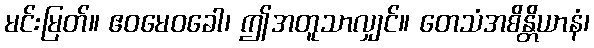
မင်းမြတ်။ ဧဝမေဝခေါ၊ ဤအတူသာလျှင်။ တေသံအစိန္တိယာနံ၊